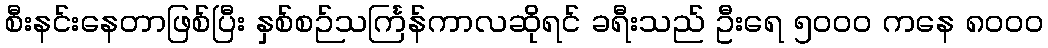
စီးနင်းနေတာဖြစ်ပြီး နှစ်စဉ်သင်္ကြန်ကာလဆိုရင် ခရီးသည် ဦးရေ ၅၀၀၀ ကနေ ၈၀၀၀